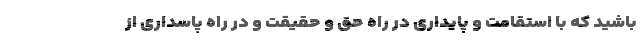
باشید که با استقامت و پایداری در راه حق و حقیقت و در راه پاسداری از